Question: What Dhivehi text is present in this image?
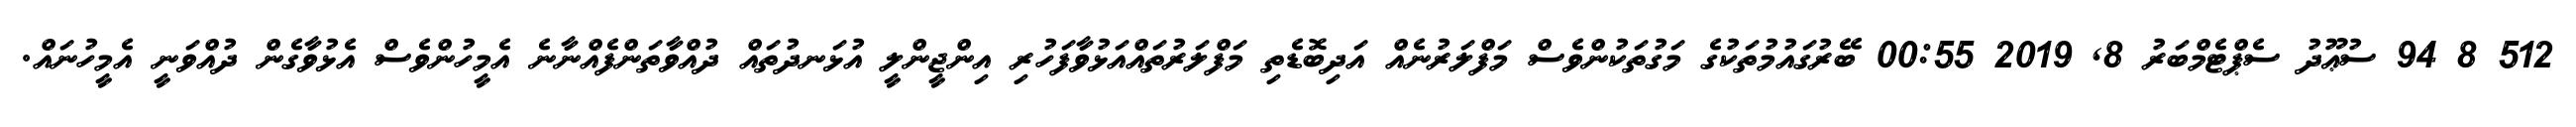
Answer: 512 8 94 ސުޢޫދު ސެޕްޓެމްބަރު 8, 2019 00:55 ބޭރުގައުމުތަކުގެ މަގުތަކުންވެސް މަފްލަރުނެއް އަދިބޮޑެތި މަފްލަރުތައްއަޅުވާފަހުރި އިންޖީންލީ އުޅަނދުތައް ދުއްވާތަންފެއްނާނެ އެމީހުންވެސް އެޅުވާގެން ދުއްވަނީ އެމީހުނައް.